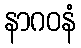
နာဂဝနံ